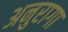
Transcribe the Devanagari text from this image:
अनुरागा